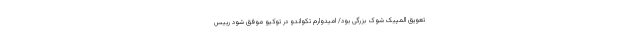
تعویق المپیک شوک بزرگی بود/ امیدوارم تکواندو در توکیو موفق شود رییس